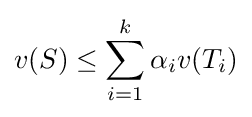
v(S)\leq \sum _{i=1}^{k}\alpha _{i}v(T_{i})